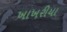
ખાખરીયા